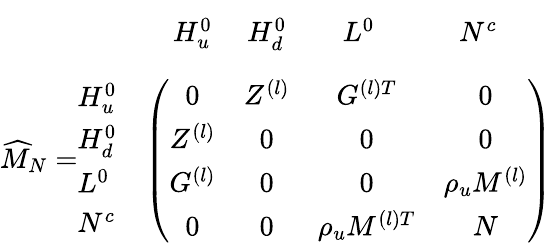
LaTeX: \begin{array}{rl}{{\vphantom{\bigg(}}}&{{\begin{array}{ccccc}{{\quad H_{u}^{0}}}&{{\ H_{d}^{0}}}&{{\quad L^{0}}}&{{\qquad N^{c}}}&{{}}\end{array}}}\\ {{\widehat{M}_{N}=\begin{array}{l}{{H_{u}^{0}}}\\ {{H_{d}^{0}}}\\ {{L^{0}}}\\ {{N^{c}}}\end{array}}}&{{\left(\begin{array}{cccc}{{0}}&{{Z^{(l)}}}&{{G^{(l)T}}}&{{0}}\\ {{Z^{(l)}}}&{{0}}&{{0}}&{{0}}\\ {{G^{(l)}}}&{{0}}&{{0}}&{{\rho_{u}M^{(l)}}}\\ {{0}}&{{0}}&{{\rho_{u}M^{(l)T}}}&{{N}}\end{array}\right)}}\end{array}